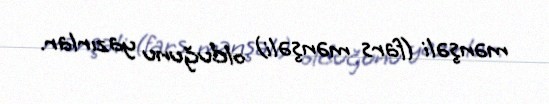
mənşəli (fars mənşəli) olduğunu yazırlar.